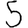
Digit: 5